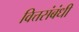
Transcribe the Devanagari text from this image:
वित्तसंबंधी